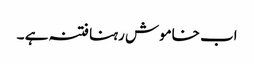
اب خاموش رہنا فتنہ ہے ۔